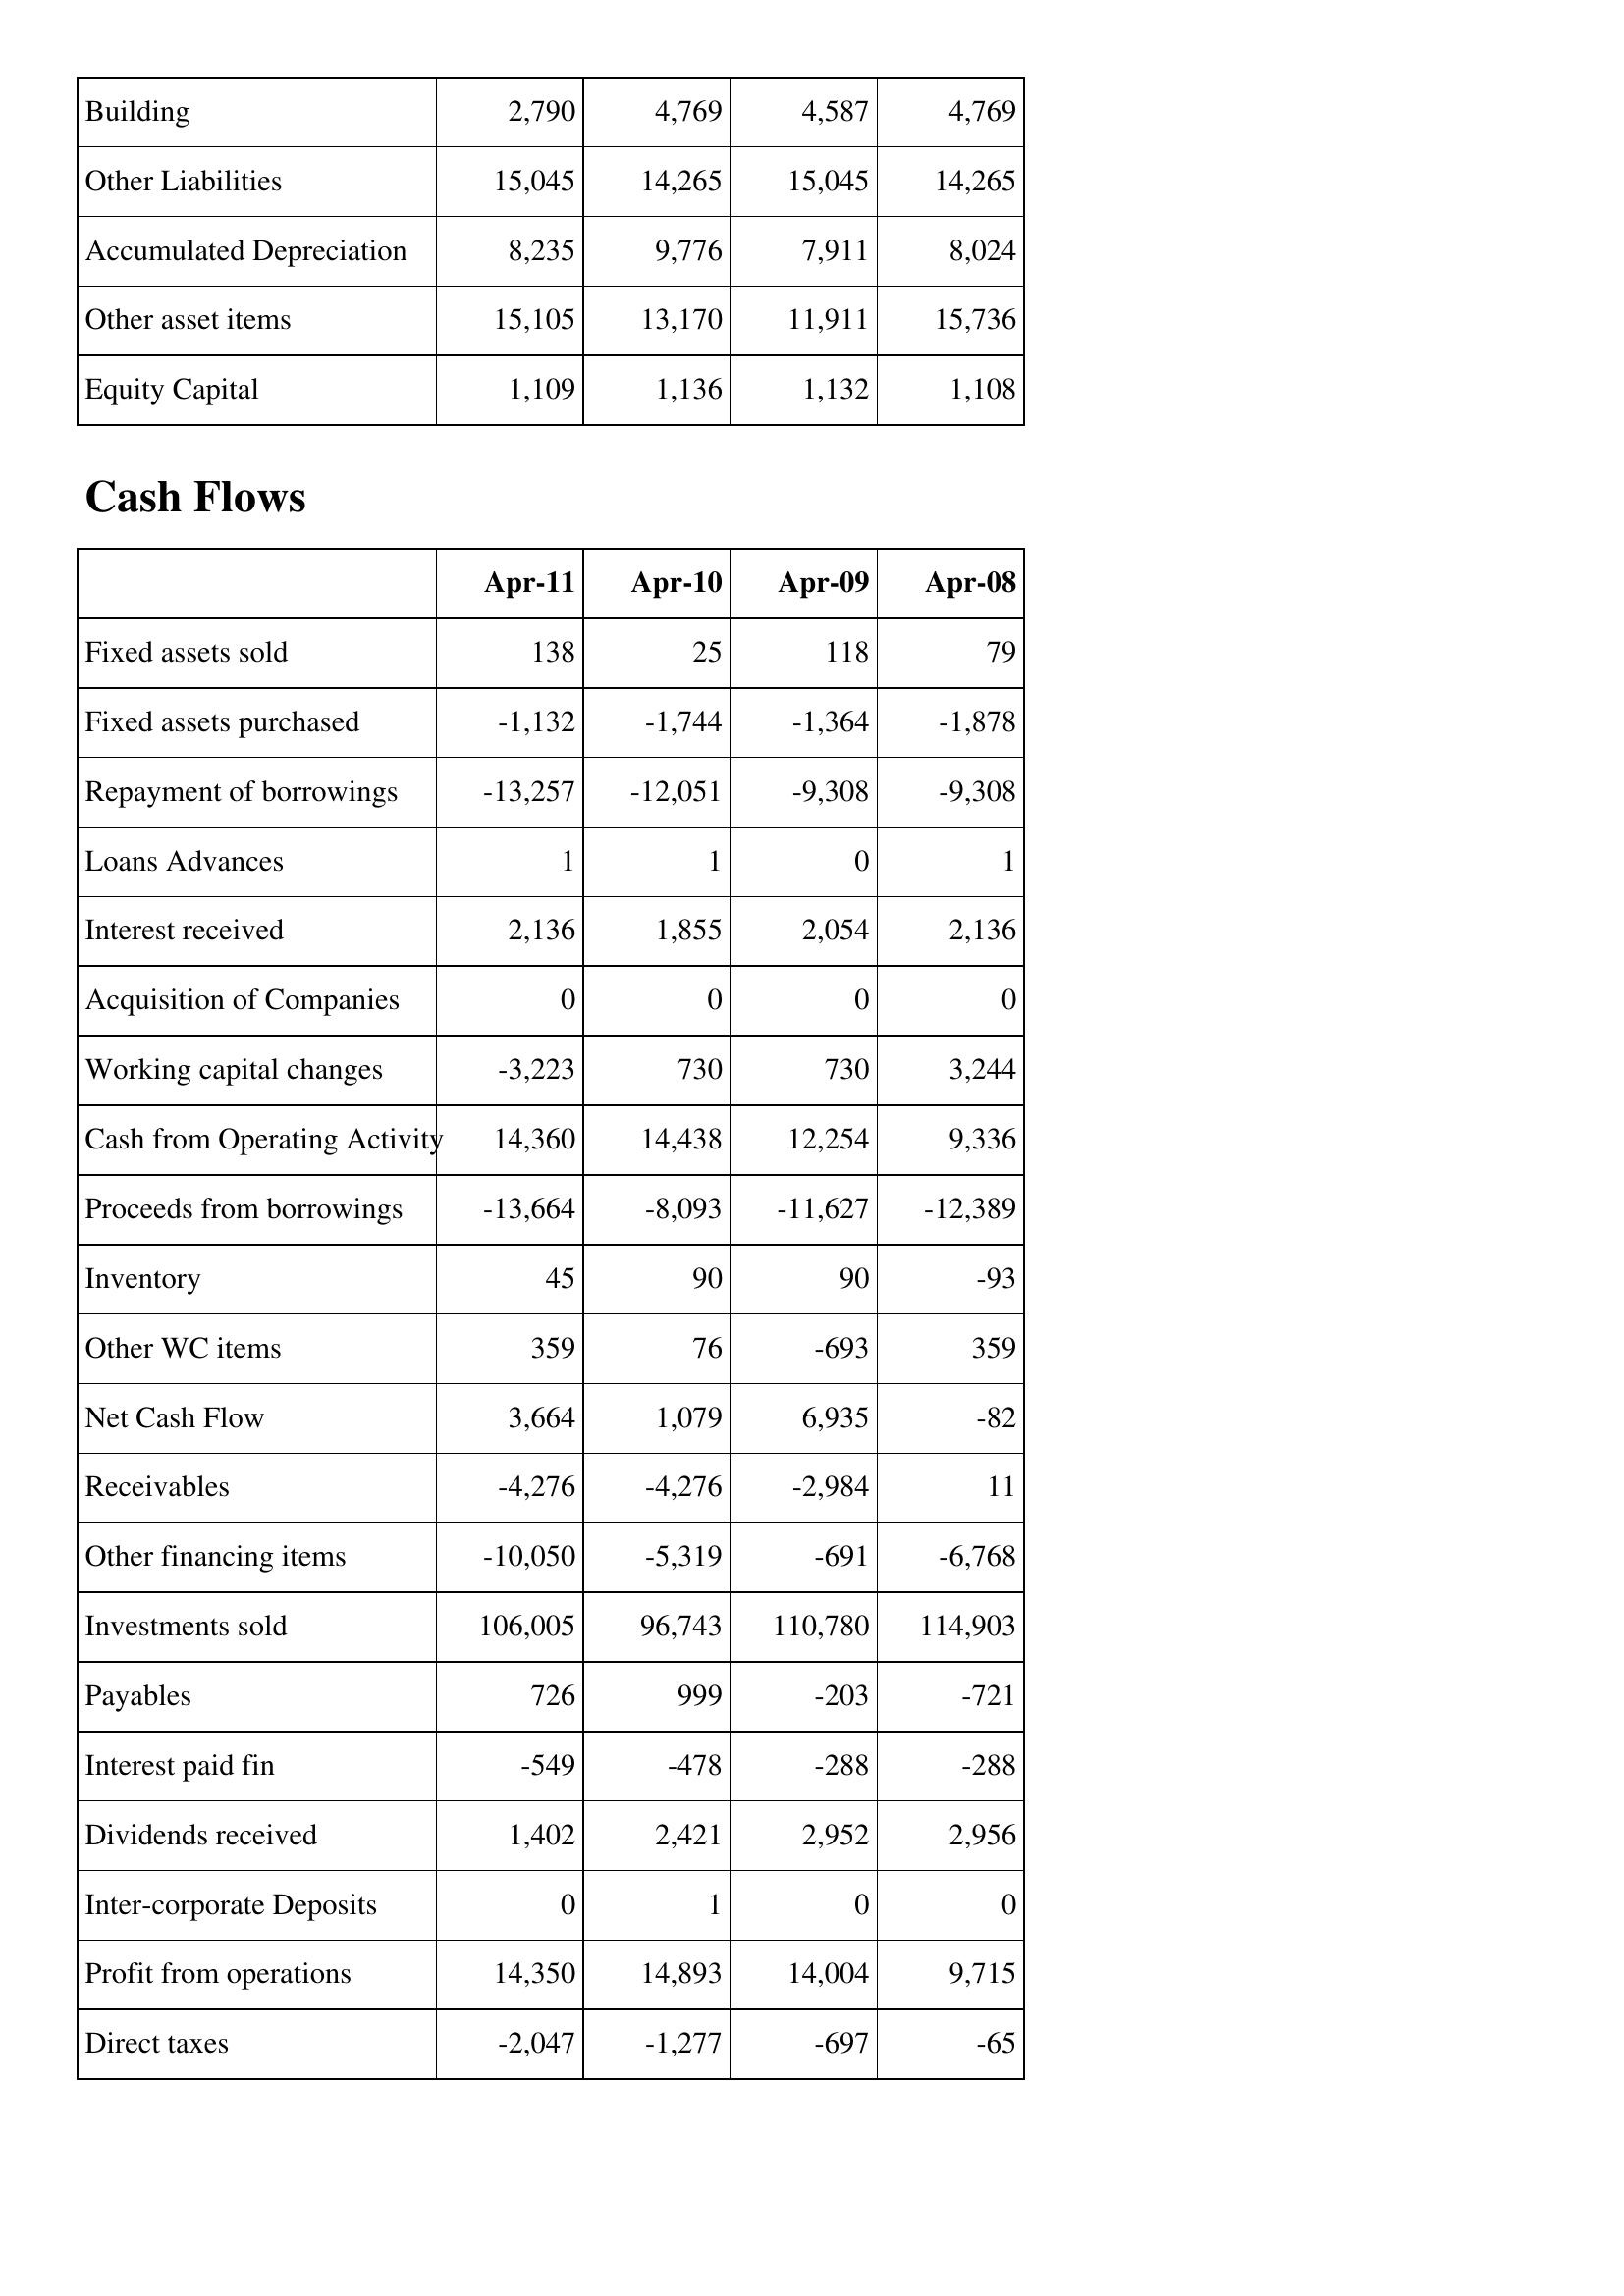
Apr-11: Balance Sheet: Building: 2,790
Other Liabilities: 15,045
Accumulated Depreciation: 8,235
Other asset items: 15,105
Equity Capital: 1,109
Cash Flows: Fixed assets sold: 138
Fixed assets purchased: -1,132
Repayment of borrowings: -13,257
Loans Advances: 1
Interest received: 2,136
Acquisition of Companies: 0
Working capital changes: -3,223
Cash from Operating Activity: 14,360
Proceeds from borrowings: -13,664
Inventory: 45
Other WC items: 359
Net Cash Flow: 3,664
Receivables: -4,276
Other financing items: -10,050
Investments sold: 106,005
Payables: 726
Interest paid fin: -549
Dividends received: 1,402
Inter-corporate Deposits: 0
Profit from operations: 14,350
Direct taxes: -2,047
Apr-10: Balance Sheet: Building: 4,769
Other Liabilities: 14,265
Accumulated Depreciation: 9,776
Other asset items: 13,170
Equity Capital: 1,136
Cash Flows: Fixed assets sold: 25
Fixed assets purchased: -1,744
Repayment of borrowings: -12,051
Loans Advances: 1
Interest received: 1,855
Acquisition of Companies: 0
Working capital changes: 730
Cash from Operating Activity: 14,438
Proceeds from borrowings: -8,093
Inventory: 90
Other WC items: 76
Net Cash Flow: 1,079
Receivables: -4,276
Other financing items: -5,319
Investments sold: 96,743
Payables: 999
Interest paid fin: -478
Dividends received: 2,421
Inter-corporate Deposits: 1
Profit from operations: 14,893
Direct taxes: -1,277
Apr-09: Balance Sheet: Building: 4,587
Other Liabilities: 15,045
Accumulated Depreciation: 7,911
Other asset items: 11,911
Equity Capital: 1,132
Cash Flows: Fixed assets sold: 118
Fixed assets purchased: -1,364
Repayment of borrowings: -9,308
Loans Advances: 0
Interest received: 2,054
Acquisition of Companies: 0
Working capital changes: 730
Cash from Operating Activity: 12,254
Proceeds from borrowings: -11,627
Inventory: 90
Other WC items: -693
Net Cash Flow: 6,935
Receivables: -2,984
Other financing items: -691
Investments sold: 110,780
Payables: -203
Interest paid fin: -288
Dividends received: 2,952
Inter-corporate Deposits: 0
Profit from operations: 14,004
Direct taxes: -697
Apr-08: Balance Sheet: Building: 4,769
Other Liabilities: 14,265
Accumulated Depreciation: 8,024
Other asset items: 15,736
Equity Capital: 1,108
Cash Flows: Fixed assets sold: 79
Fixed assets purchased: -1,878
Repayment of borrowings: -9,308
Loans Advances: 1
Interest received: 2,136
Acquisition of Companies: 0
Working capital changes: 3,244
Cash from Operating Activity: 9,336
Proceeds from borrowings: -12,389
Inventory: -93
Other WC items: 359
Net Cash Flow: -82
Receivables: 11
Other financing items: -6,768
Investments sold: 114,903
Payables: -721
Interest paid fin: -288
Dividends received: 2,956
Inter-corporate Deposits: 0
Profit from operations: 9,715
Direct taxes: -65